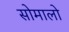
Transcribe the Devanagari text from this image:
सोमालो